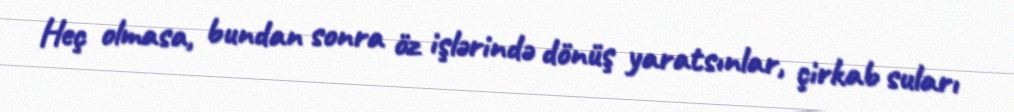
Heç olmasa, bundan sonra öz işlərində dönüş yaratsınlar, çirkab suları